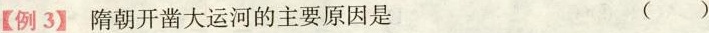
【例3】隋朝开凿大运河的主要原因是 ()